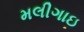
મલીગાઇ